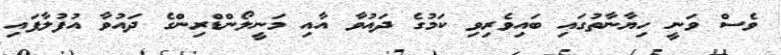
ވެސް ވަނީ ހިޔާނާތުގައި ބައިވެރިވި ކަމުގެ ދައުވާ އާއި މަނީލޯންޑްރިންގެ ދައުވާ އުފުލާފައި